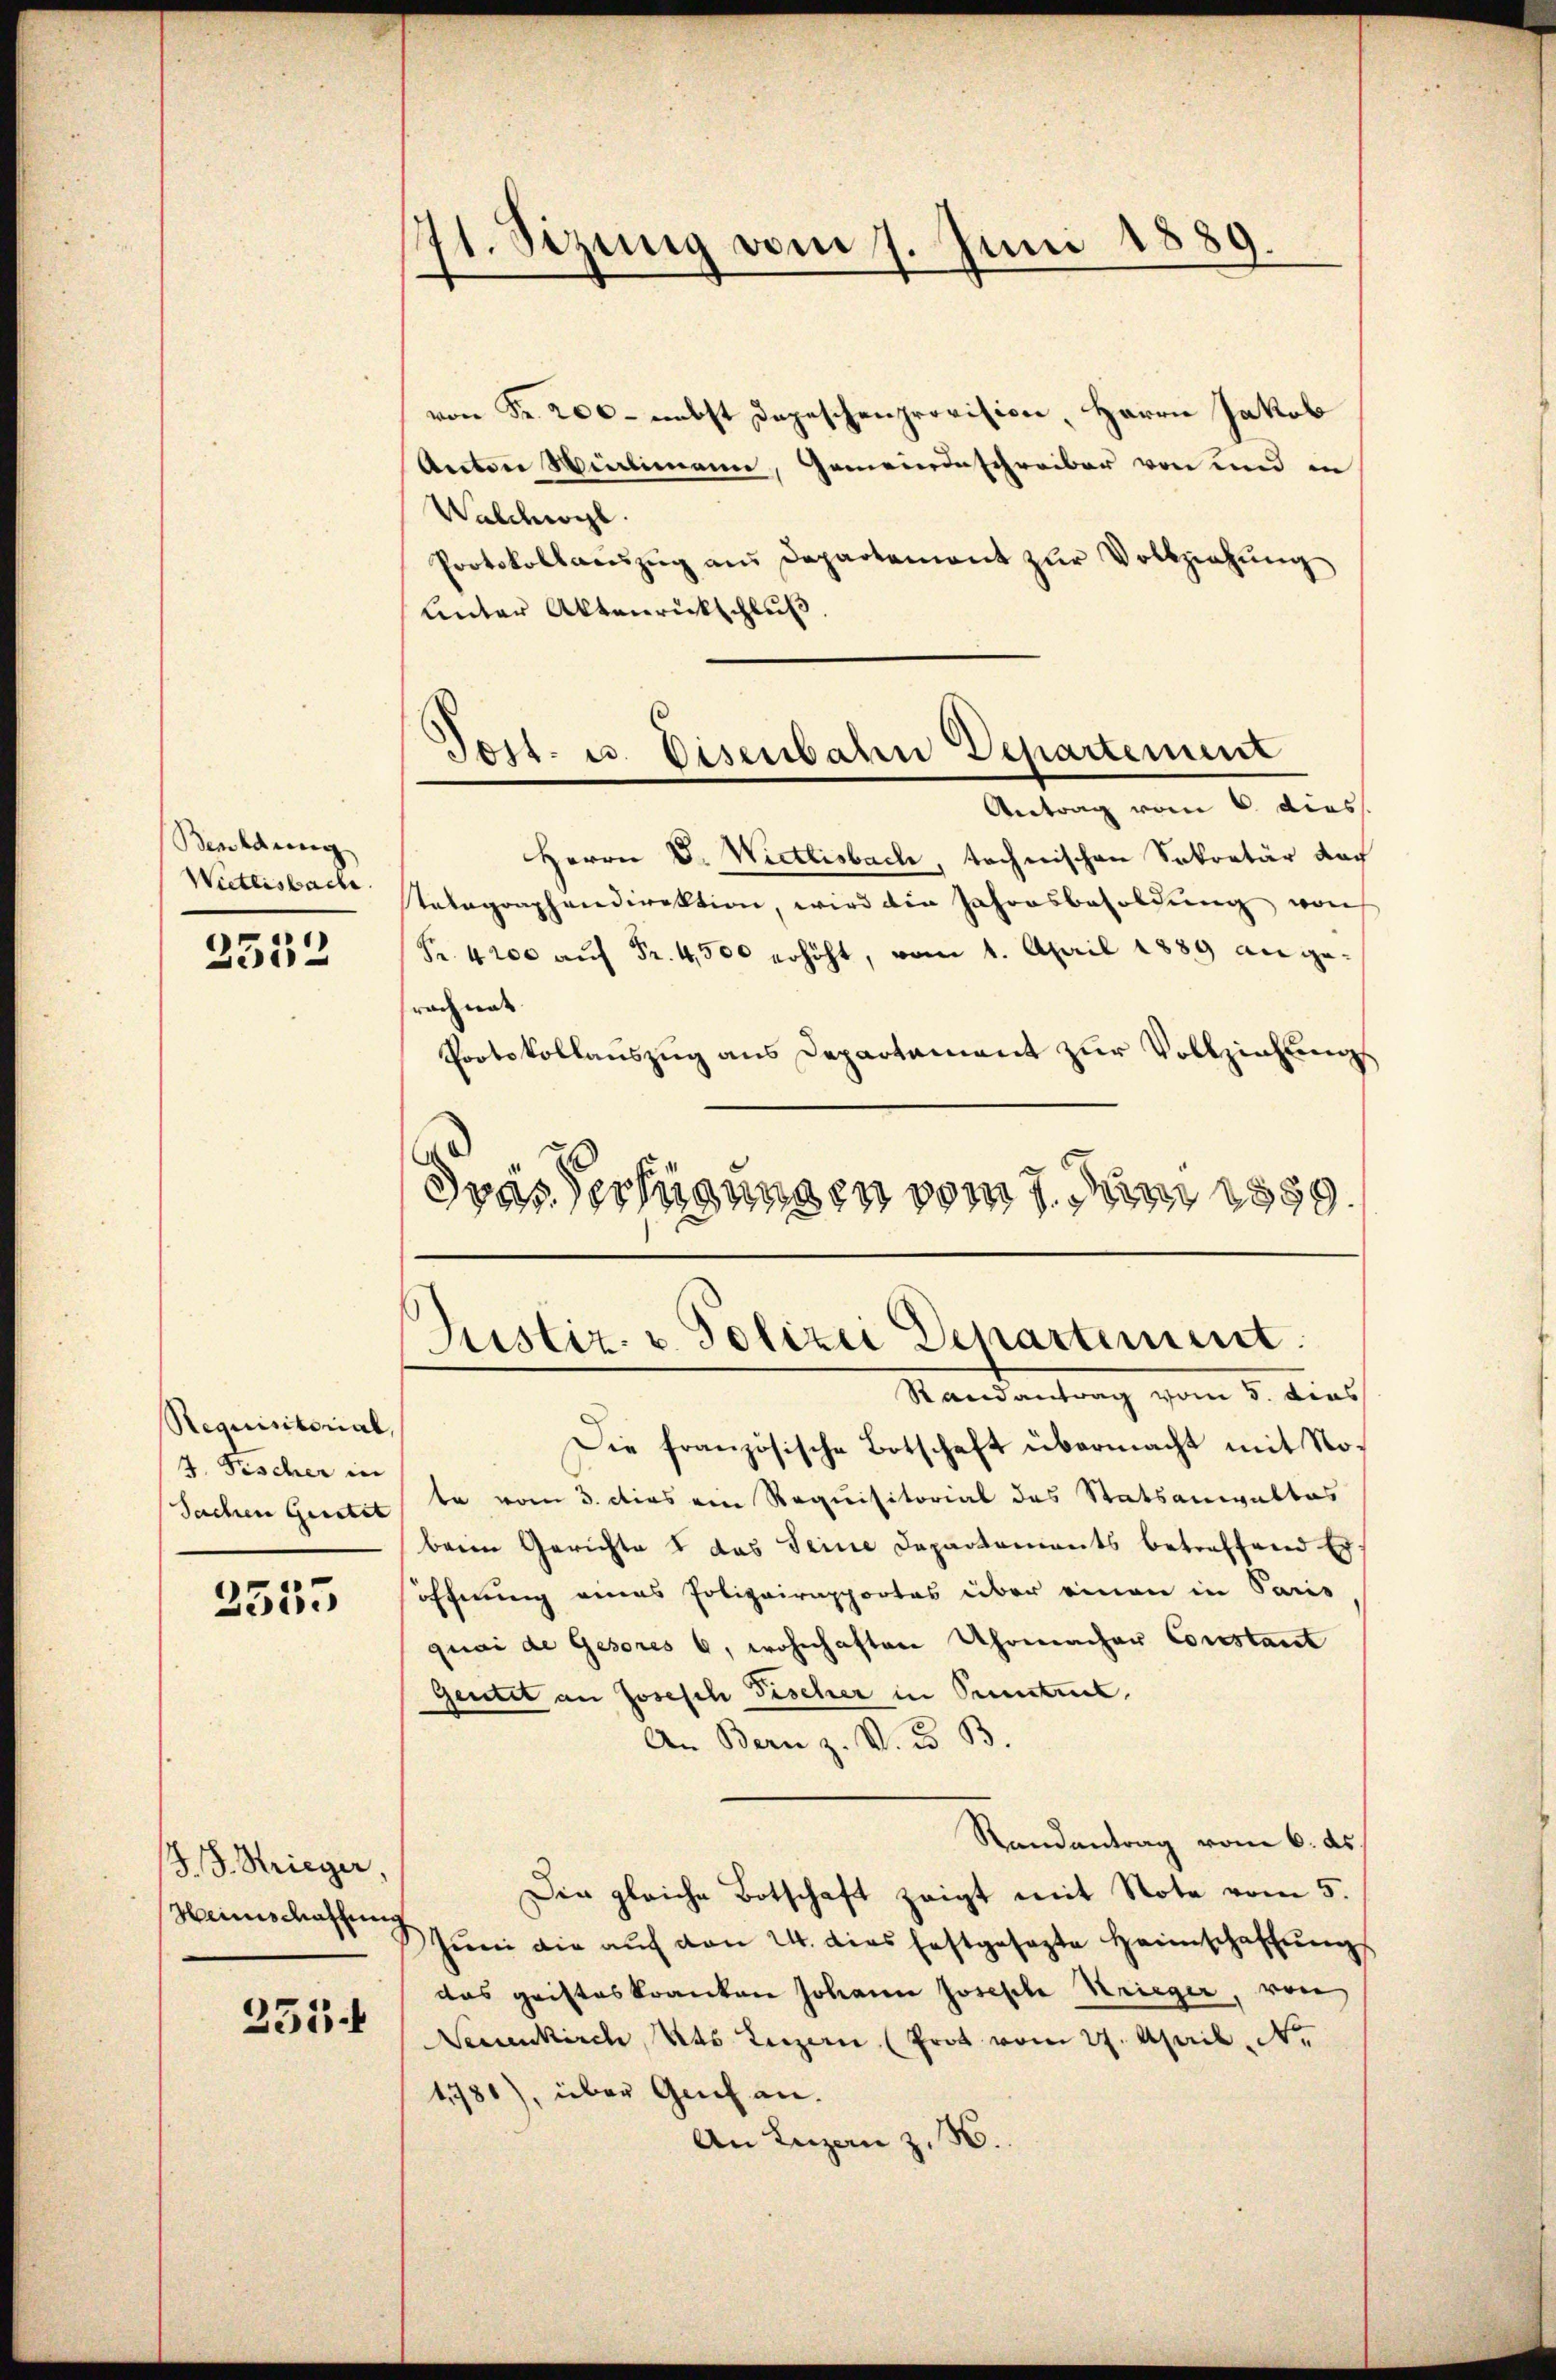
Beroldung
Wietlisbache.

2532

Requisitorial,
4. Fischer in
Sachen Geistet

2335

J. J. Strieger,
Heimschaffung

255.

71. Sizung vom 7. Juni 1889.

Tost. u. Disenbahn Departement

drasserfügungen vom 7. Juni 1859.
Justiz- u. Polizei Departement.

von Fr. 200 - nebst Depeschenprovision, Herrn Jakob
Anton Wintimann, Gemeindeschreiber von und in
Walcogl.
Protokollaŭszŭg aŭs Departement zŭr Vollziehŭng
Unter Aktenrückschluß
Antrag vom 6. dies
Herrn D. Wietlisbach, technischen Sekretär nach
Tatographendirektion, wird die Jahresbesoldung, won
Fr. 4200 auf Fr. 4,500 erhöht, vom 1. April 1889 angerachnat.
Protokollauszug aus Departement zur Vollziehung
Randantrag vom 5. dies
Die französische Botschaft übermacht mit Note vom 3. dies von Requisitorial des Statsanwaltes
beim Gerichte u das Seine Departements betreffend Er
öffnung eines Polizeirapportes über einen in Paris
quai de Gesores 6, wohnhaften Uhrmacher Constant
Geutet an Josesch Fischer in Pentel,
An Bern z. V. u. B.
Randantrag vom 6. ds
Die gleiche Botschaft zeigt mit Note vom 5.
Juni die auf von 24. dies festgesezte Heimschaffungs
das geisteskranken Johann Joseph Krieger, von
Neuenkirch, Kts. Luzern (Prot vom 27. April Nr.
4781), über Genf an.
An Inzan z. B.